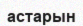
астарын